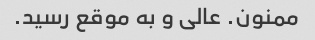
ممنون. عالی و به موقع رسید.